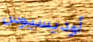
أوديسيوس